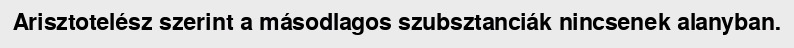
Arisztotelész szerint a másodlagos szubsztanciák nincsenek alanyban.